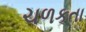
ચળકતા